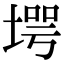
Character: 堮